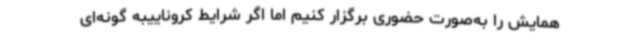
همایش را به‌صورت حضوری برگزار کنیم اما اگر شرایط کروناییبه گونه‌ای